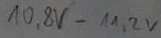
Text: 10,8V-11,2V